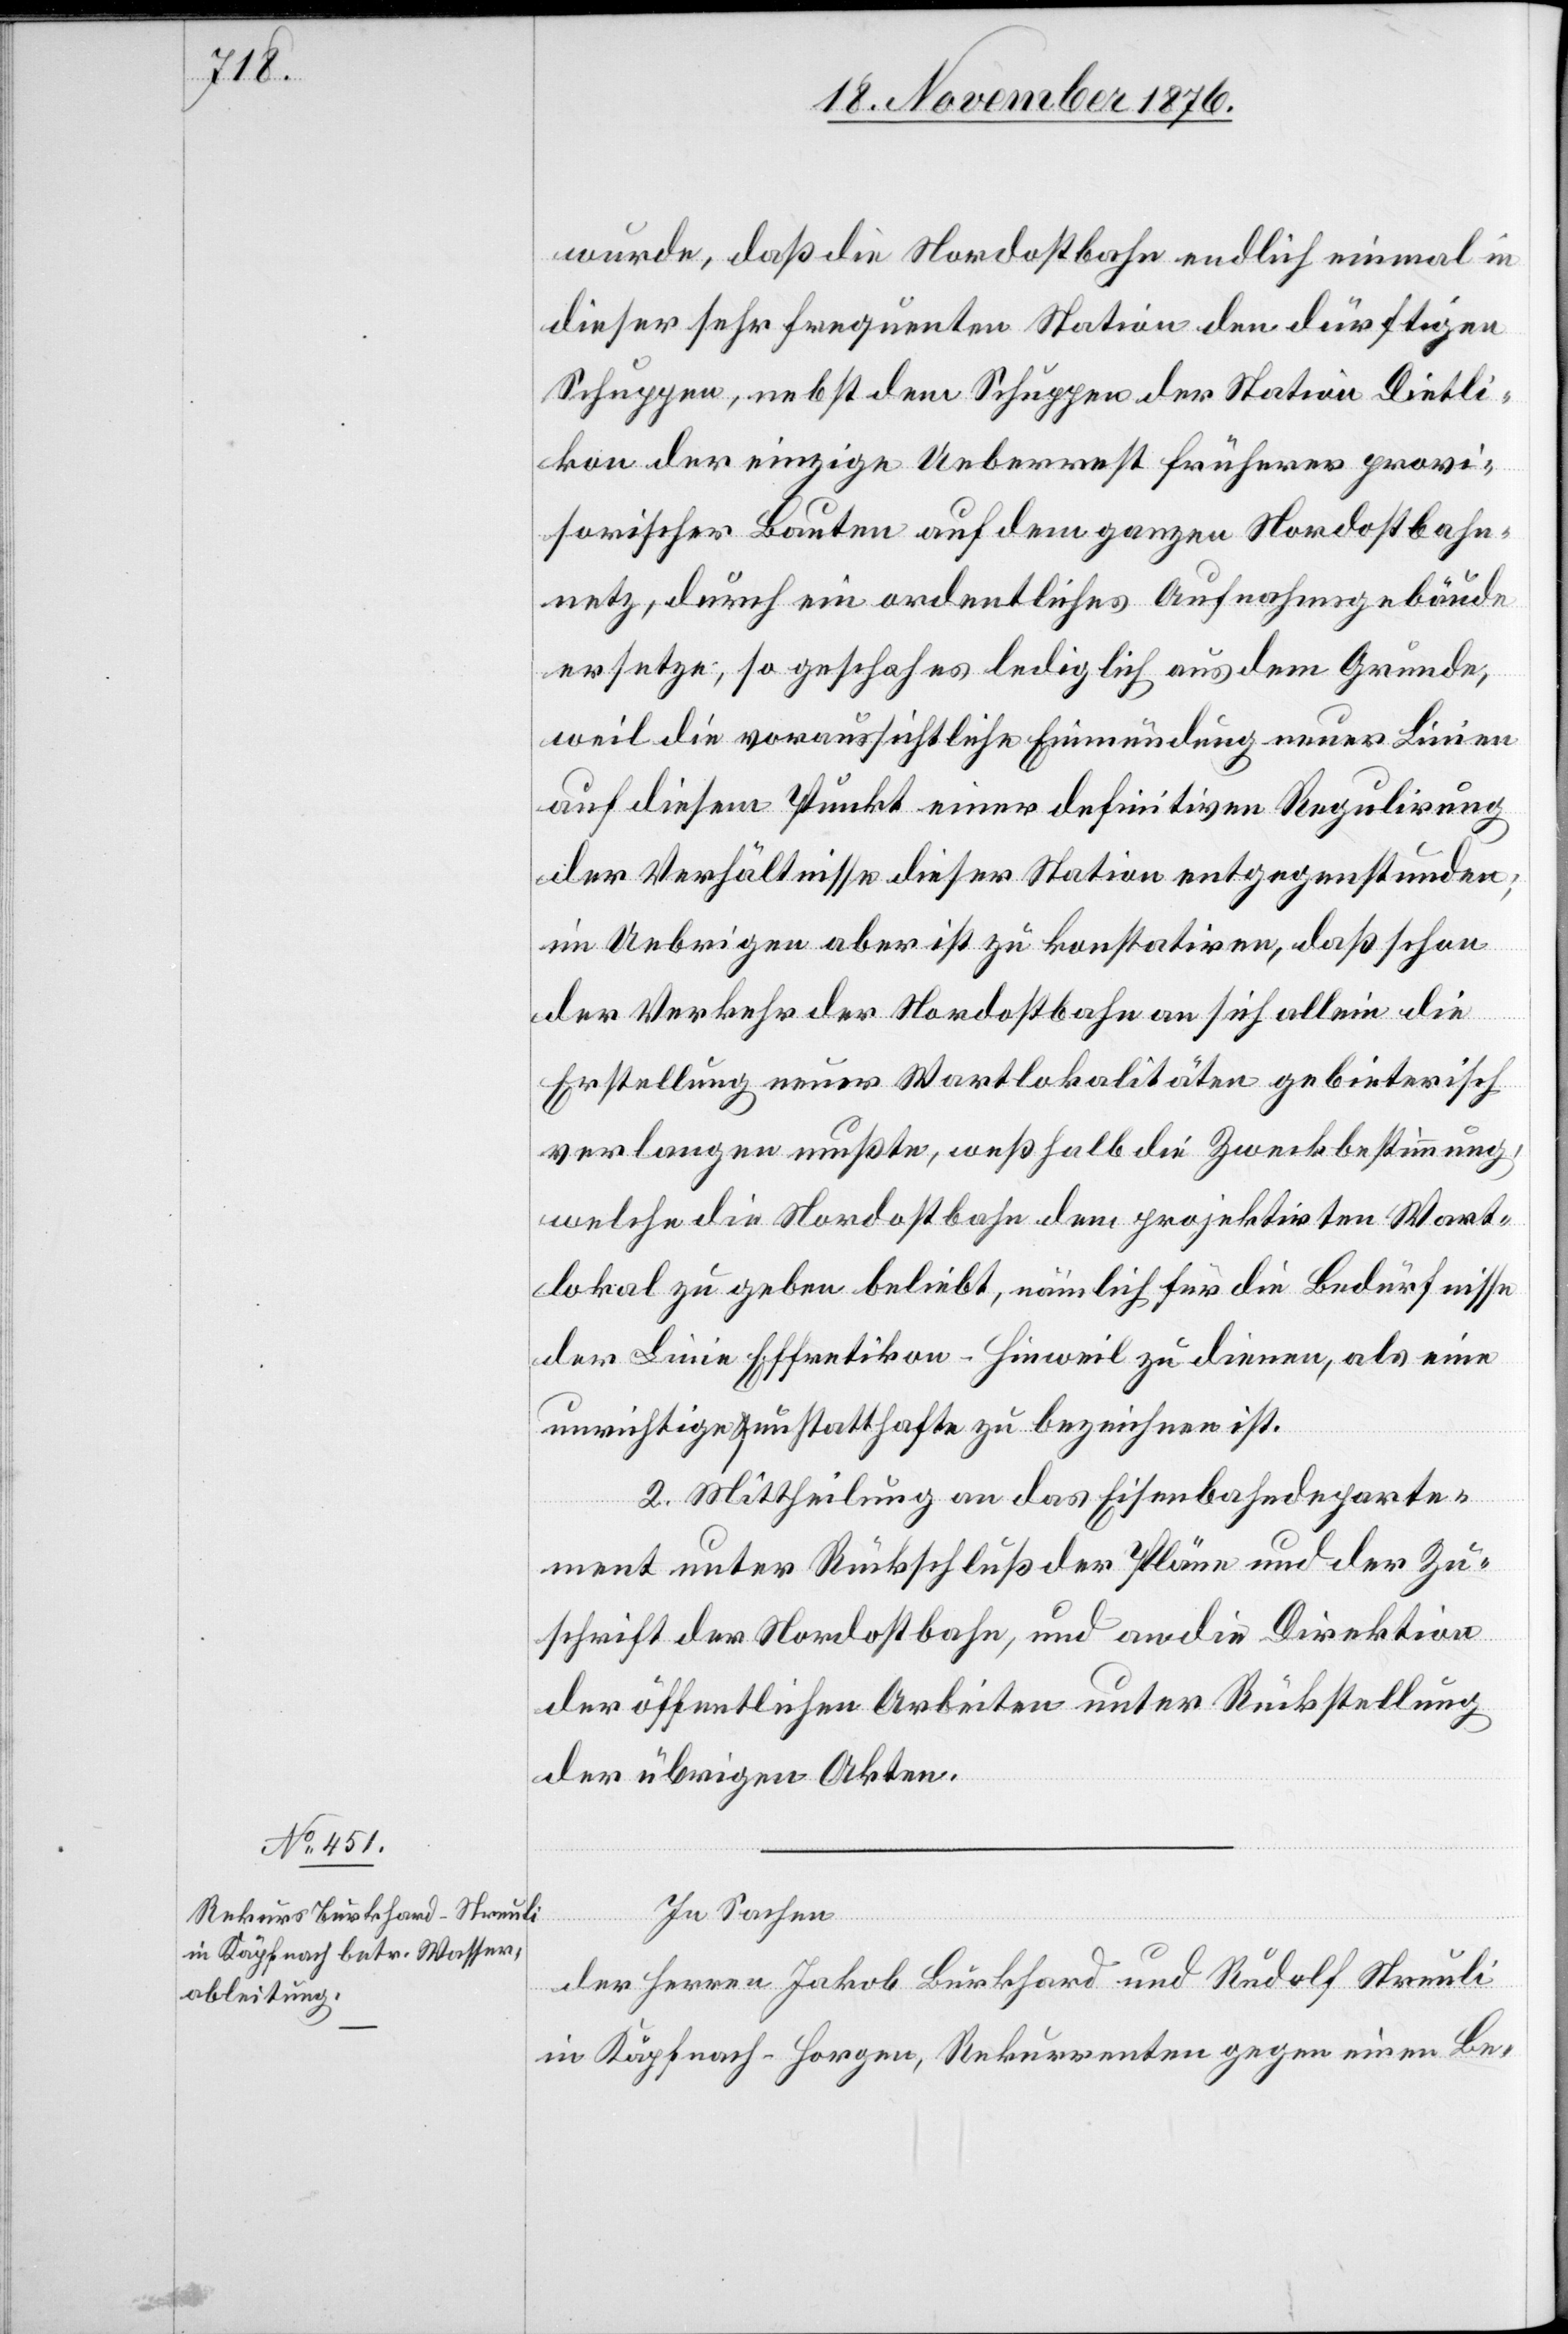
wurde, daß die Nordostbahn endlich einmal in
dieser sehr frequenten Station den dürftigen
Schuppen, nebst dem Schuppen der Station Dietli¬
kon der einzige Ueberrest früherer provi¬
sorischer Bauten auf dem ganzen Nordostbahn¬
netz, durch ein ordentliches Aufnahmsgebäude
ersetze, so geschah es lediglich aus dem Grunde,
weil die voraussichtliche Einmündung neuer Linien
auf diesem Punkt einer definitiven Regulirung
der Verhältnisse dieser Station entgegenstunden;
im Uebrigen aber ist zu konstatiren, daß schon
der Verkehr der Nordostbahn an sich allein die
Erstellung neuer Wartlokalitäten gebieterisch
verlangen mußte, weßhalb die Zweckbestimmung,
welche die Nordostbahn dem projektirten Wart¬
lokal zu geben beliebt, nämlich für die Bedürfnisse
der Linie Effretikon–Hinweil zu dienen, als eine
unrichtige & unstatthafte zu bezeichnen ist.
2. Mittheilung an das Eisenbahndeparte¬
ment unter Rückschluß der Pläne und der Zu¬
schrift der Nordostbahn, und an die Direktion
der öffentlichen Arbeiten unter Rückstellung
der übrigen Akten.
In Sachen
der Herren Jakob Burkhard und Rudolf Streuli
in Käpfnach - Horgen, Rekurrenten gegen einen Be-